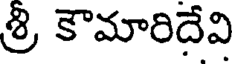
శ్రి కౌమారిదేవి